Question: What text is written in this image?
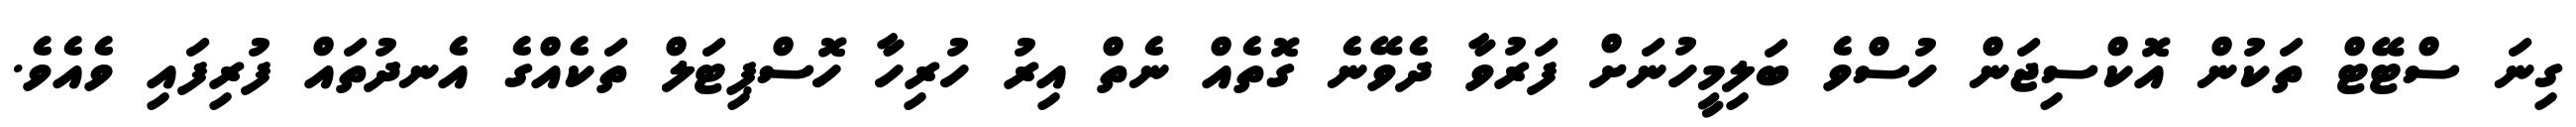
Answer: ގިނަ ސްޓޭޓް ތަކުން އޮކްސިޖަން ހުސްވެ ބަލިމީހުނަށް ފަރުވާ ދެވޭނެ ގޮތެއް ނެތް އިރު ހުރިހާ ހޮސްޕިޓަލް ތަކެއްގެ އެނދުތައް ފުރިފައި ވެއެވެ.